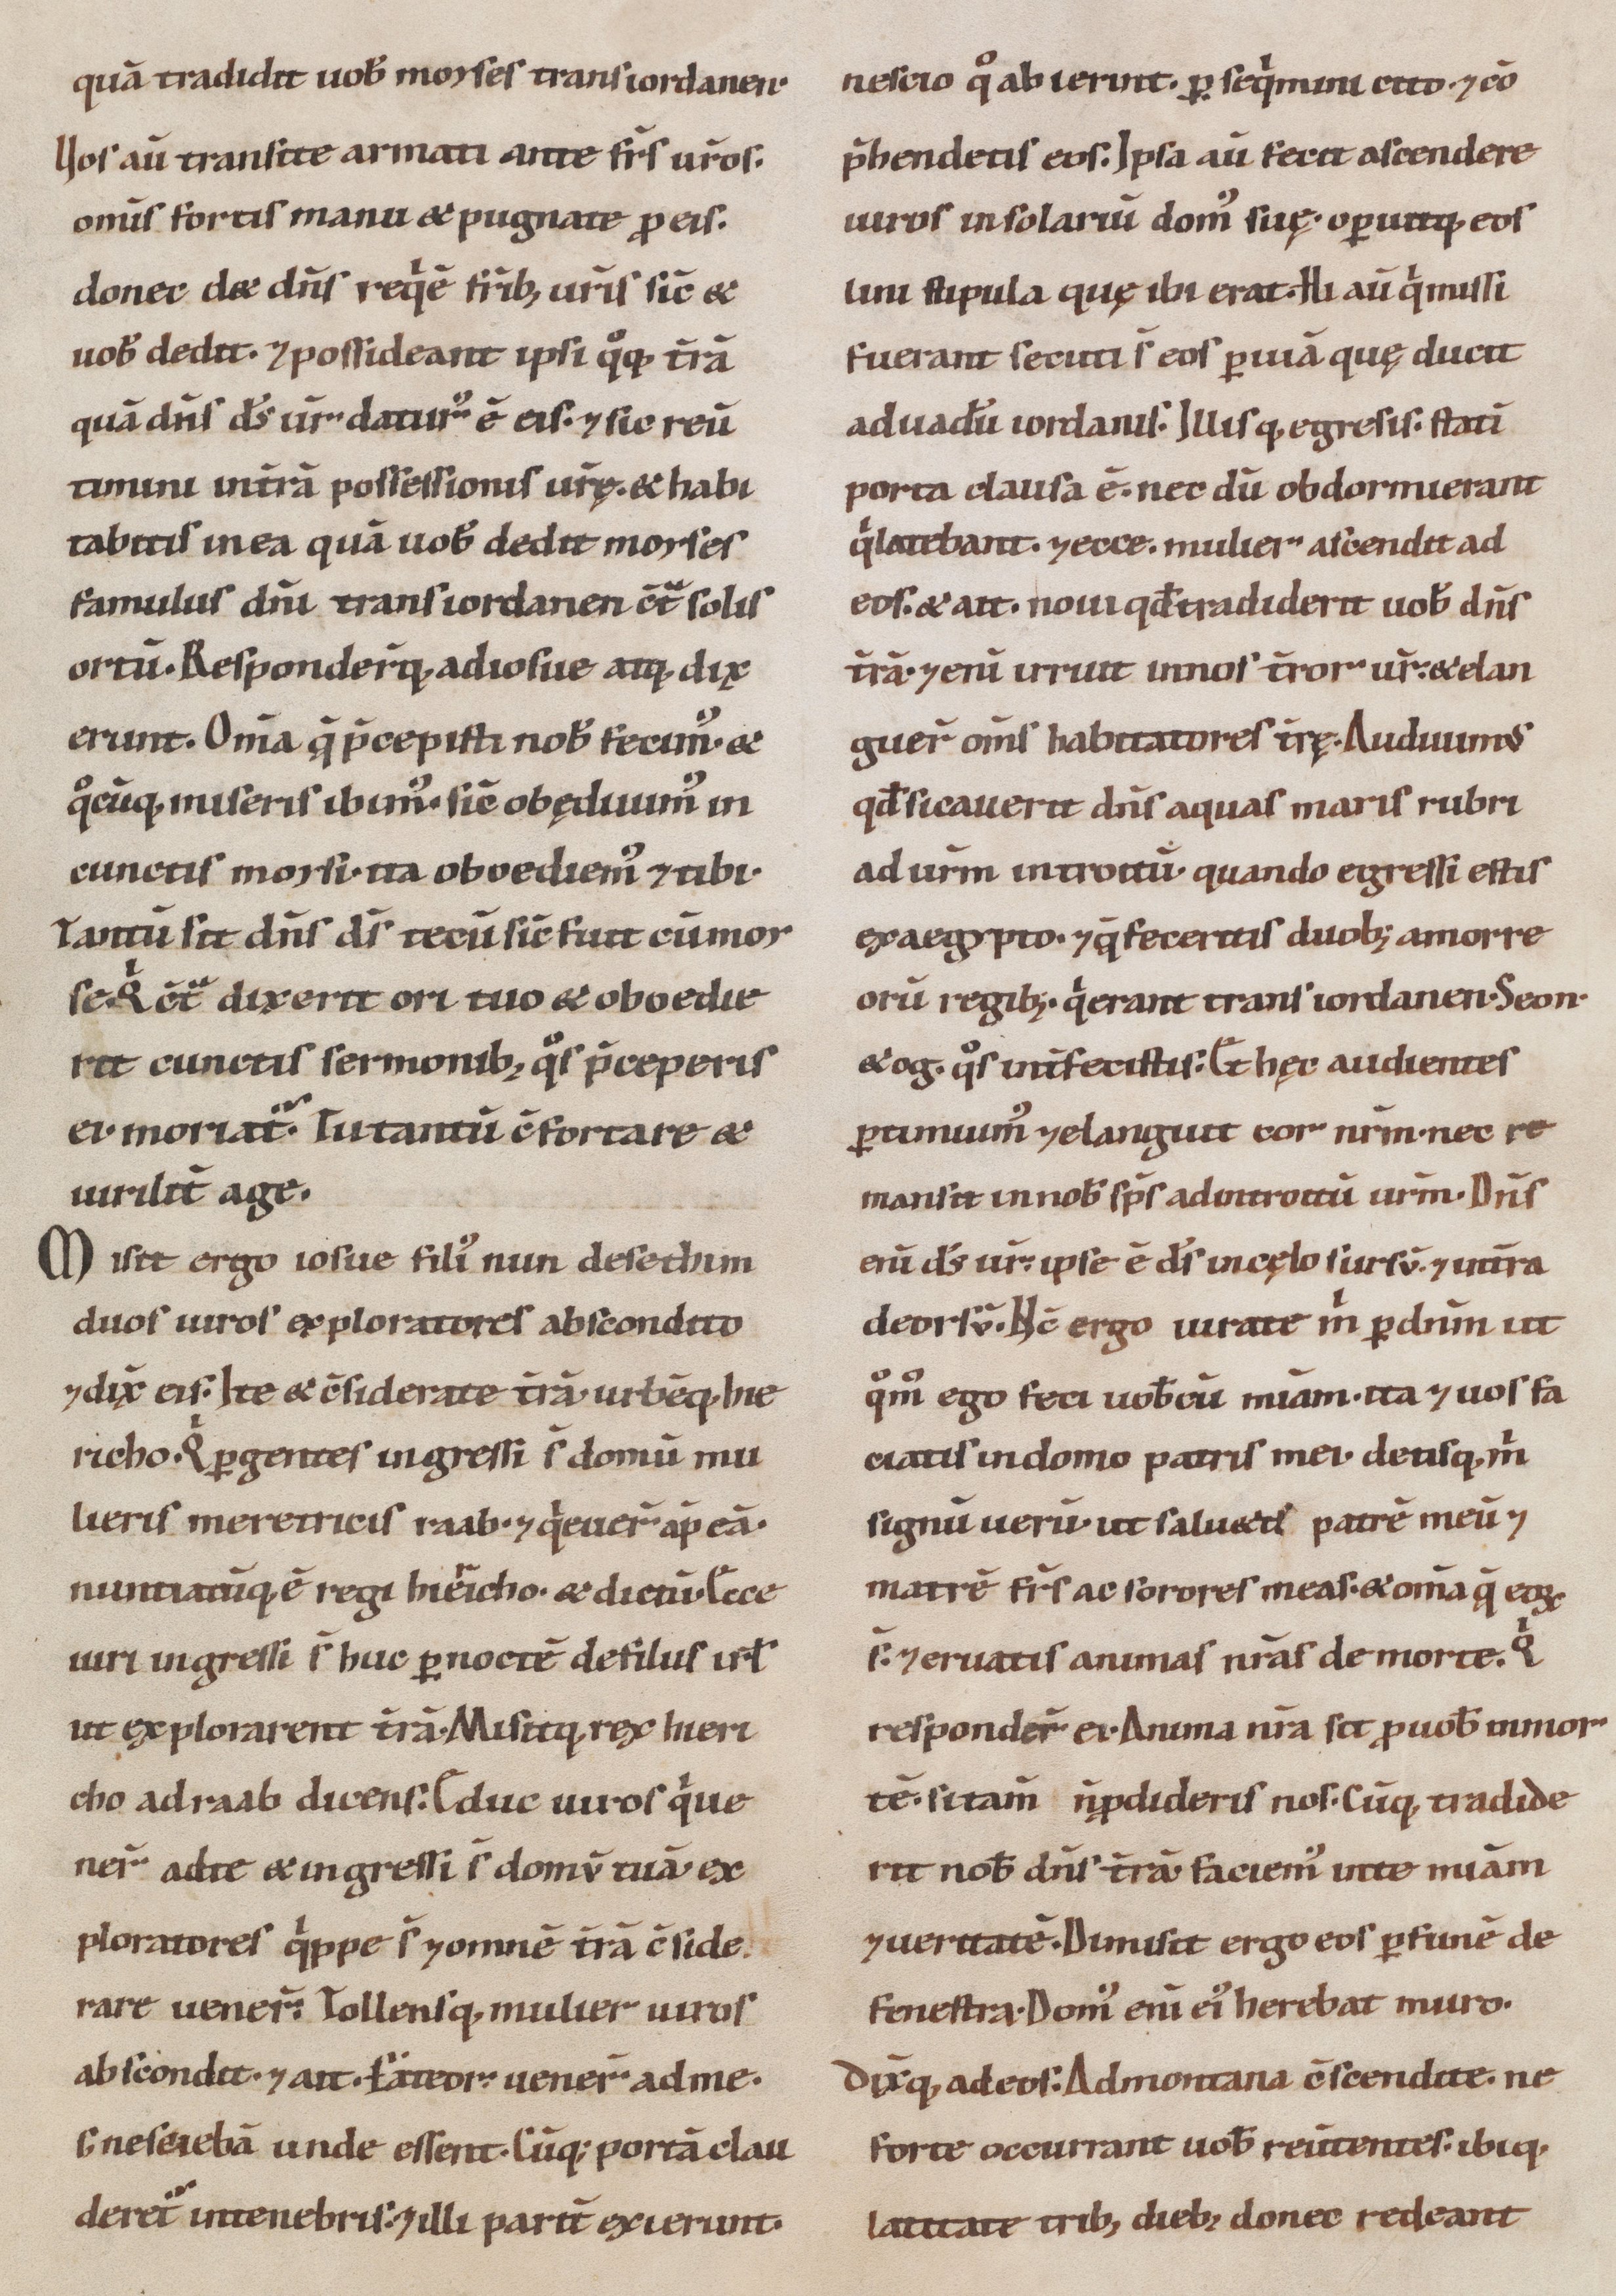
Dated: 1100–1199